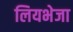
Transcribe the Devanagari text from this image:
लियभेजा